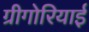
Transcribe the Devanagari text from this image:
ग्रीगोरियाई